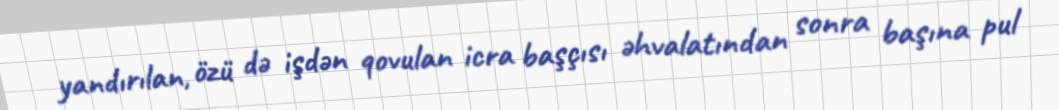
yandırılan, özü də işdən qovulan icra başçısı əhvalatından sonra başına pul